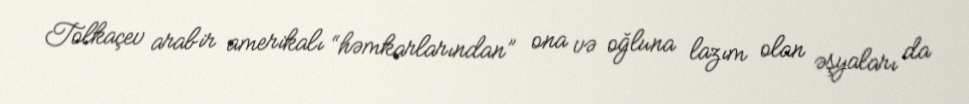
Tolkaçev arabir amerikalı “həmkarlarından” ona və oğluna lazım olan əşyaları da